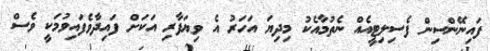
ފައިނޭންސިން ފެސިލިޓީއެއް ނެތުމާއެކު މިދިޔަ އަހަރު އެ ވިޔަފާރި އަކަށް ފައިދާވެފައިވުމަކީ ވެސް